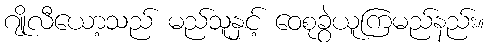
ဂျိုလီယော့သည် မည်သူနှင့် ဝေစုခွဲယူကြမည်နည်း။